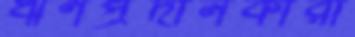
ঋণপ্রদানকারী